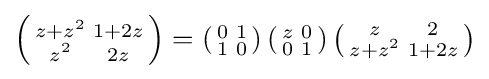
\left({\begin{smallmatrix}z+z^{2}&1+2z\\z^{2}&2z\end{smallmatrix}}\right)=\left({\begin{smallmatrix}0&1\\1&0\end{smallmatrix}}\right)\left({\begin{smallmatrix}z&0\\0&1\end{smallmatrix}}\right)\left({\begin{smallmatrix}z&2\\z+z^{2}&1+2z\end{smallmatrix}}\right)